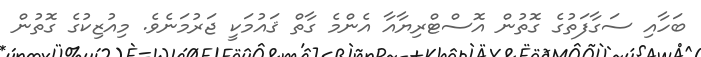
ބަހާއި ސަގާފަތުގެ ގޮތުން އޮސްޓްރިޔާއާ އެންމެ ގާތް ޤައުމަކީ ޖަރުމަނެވެ. މިއުޒިކުގެ ގޮތުން